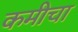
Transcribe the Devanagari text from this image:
कमीचा